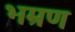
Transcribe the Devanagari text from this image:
भम्रण